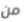
من